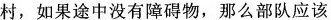
村，如果途中没有障碍物，那么部队应该